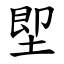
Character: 堲